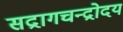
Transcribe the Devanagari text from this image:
सद्रागचन्द्रोदय